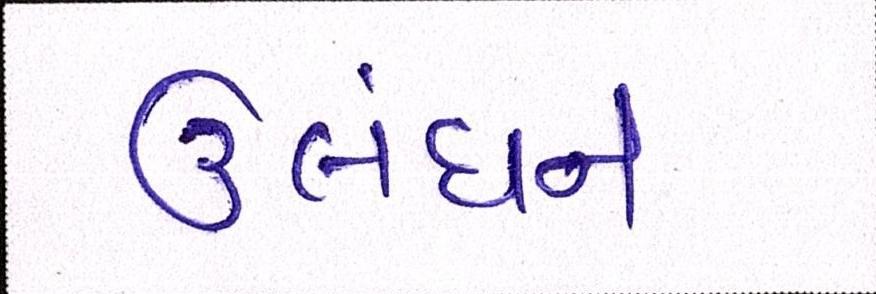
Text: ઉલંઘન